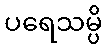
ပရေသမ္ပိ